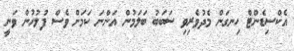
އެކްސިޑެންޓް ހިނގަން މެދުވެރިވި ސަބަބު ބަލަމުން އަންނަ ކަމަށް ވެސް ފުލުހުން ވަނީ